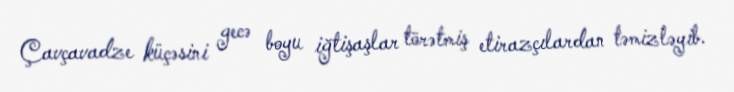
Çavçavadze küçəsini gecə boyu iğtişaşlar törətmiş etirazçılardan təmizləyib.